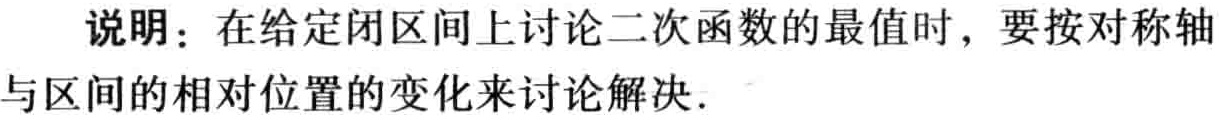
说明：在给定闭区间上讨论二次函数的最值时，要按对称轴与区间的相对位置的变化来讨论解决.